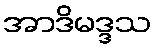
အာဒိမဒ္ဒသ